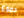
دموع